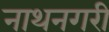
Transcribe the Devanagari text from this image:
नाथनगरी